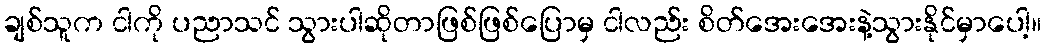
ချစ်သူက ငါကို ပညာသင် သွားပါဆိုတာဖြစ်ဖြစ်ပြောမှ ငါလည်း စိတ်အေးအေးနဲ့သွားနိုင်မှာပေါ့။